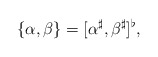
\begin{align*}\{\alpha, \beta\} = [\alpha^\sharp, \beta^\sharp]^\flat,\end{align*}